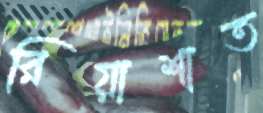
রিয়াশাত